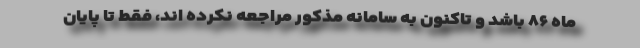
ماه ۸۶ باشد و تاکنون به سامانه مذکور مراجعه نکرده اند، فقط تا پایان